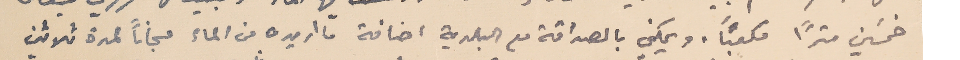
خمسَين مترًا مكعبًا، ويمكني بالصداقة مع البلدية اضافة ما اريده من الماء مجاناً لمدة ثلاثين